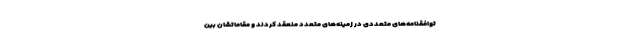
توافقنامه‌های متعددی در زمینه‌های متعدد منعقد کردند و مقاماتشان بین